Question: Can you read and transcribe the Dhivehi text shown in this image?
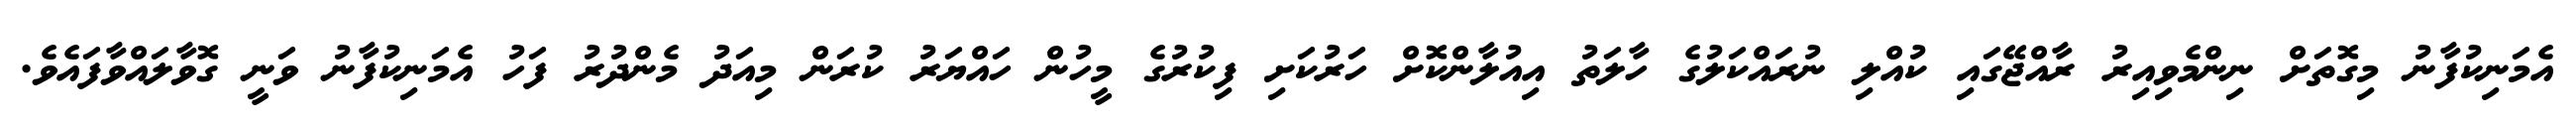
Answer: އެމަނިކުފާނު މިގޮތަށް ނިންމެވިއިރު ރާއްޖޭގައި ކުއްލި ނުރައްކަލުގެ ހާލަތު އިއުލާންކޮށް ހަރުކަށި ފިކުރުގެ މީހުން ހައްޔަރު ކުރަން މިއަދު މެންދުރު ފަހު އެމަނިކުފާނު ވަނީ ގޮވާލައްވާފައެވެ.